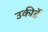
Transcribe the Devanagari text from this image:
उकीर्डे